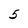
Character: 5